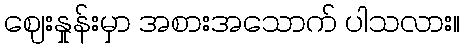
ဈေးနှုန်းမှာ အစားအသောက် ပါသလား။